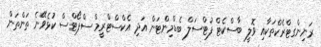
ރަނިންގޓްރެކްތަކާއި ވޮލީ ބާސްކެޓް ފުޓްސަލް ބެޑްމިންޓަން އަދި އެކްސްޓްރީމް ސްޕޯޓްސް ކުޅެވޭނެ ތަންތަން